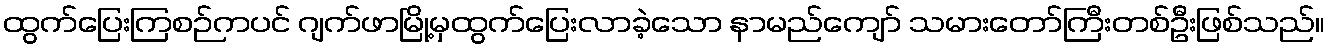
ထွက်ပြေးကြစဉ်ကပင် ဂျက်ဖာမြို့မှထွက်ပြေးလာခဲ့သော နာမည်ကျော် သမားတော်ကြီးတစ်ဦးဖြစ်သည်။